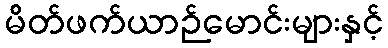
မိတ်ဖက်ယာဉ်မောင်းများနှင့်